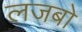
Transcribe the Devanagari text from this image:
लजबो